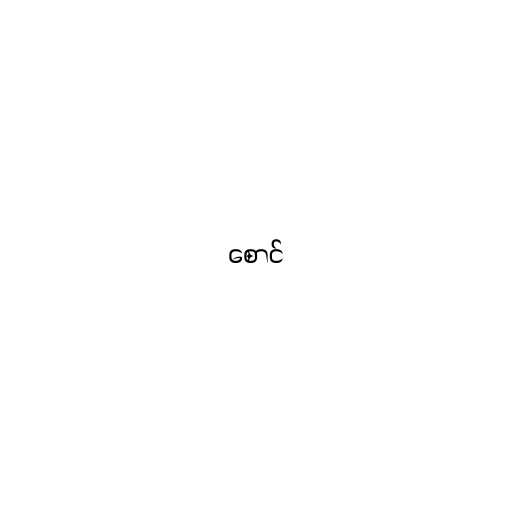
စောင်